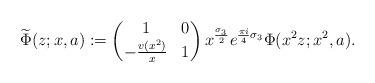
LaTeX: \begin{align*}\widetilde\Phi(z;x,a) := \begin{pmatrix} 1&0\\-\frac{v(x^{2})}{x}&1 \end{pmatrix} x^\frac{\sigma_3}{2}e^{\frac{\pi i}{4} \sigma_3}\Phi(x^2 z;x^2,a).\end{align*}